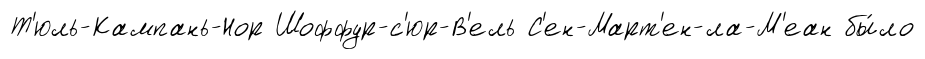
Т'юль-Кампань-Нор Шоффур-с'юр-В'ель С'ен-Март'ен-ла-М'еан бы́ло